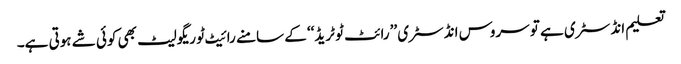
تعلیم انڈسٹری ہے تو سروس انڈسٹری ’’رائٹ ٹو ٹریڈ‘‘ کے سامنے رائیٹ ٹو ریگولیٹ بھی کوئی شے ہوتی ہے۔